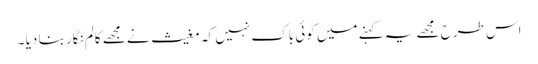
اس طرح مجھے یہ کہنے میں کوئی باک نہیں کہ مغیث نے مجھے کالم نگار بنا دیا ۔